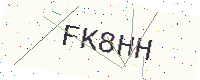
Text: FK8HH